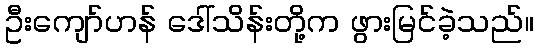
ဦးကျော်ဟန် ဒေါ်သိန်းတို့က ဖွားမြင်ခဲ့သည်။